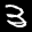
Label: 3